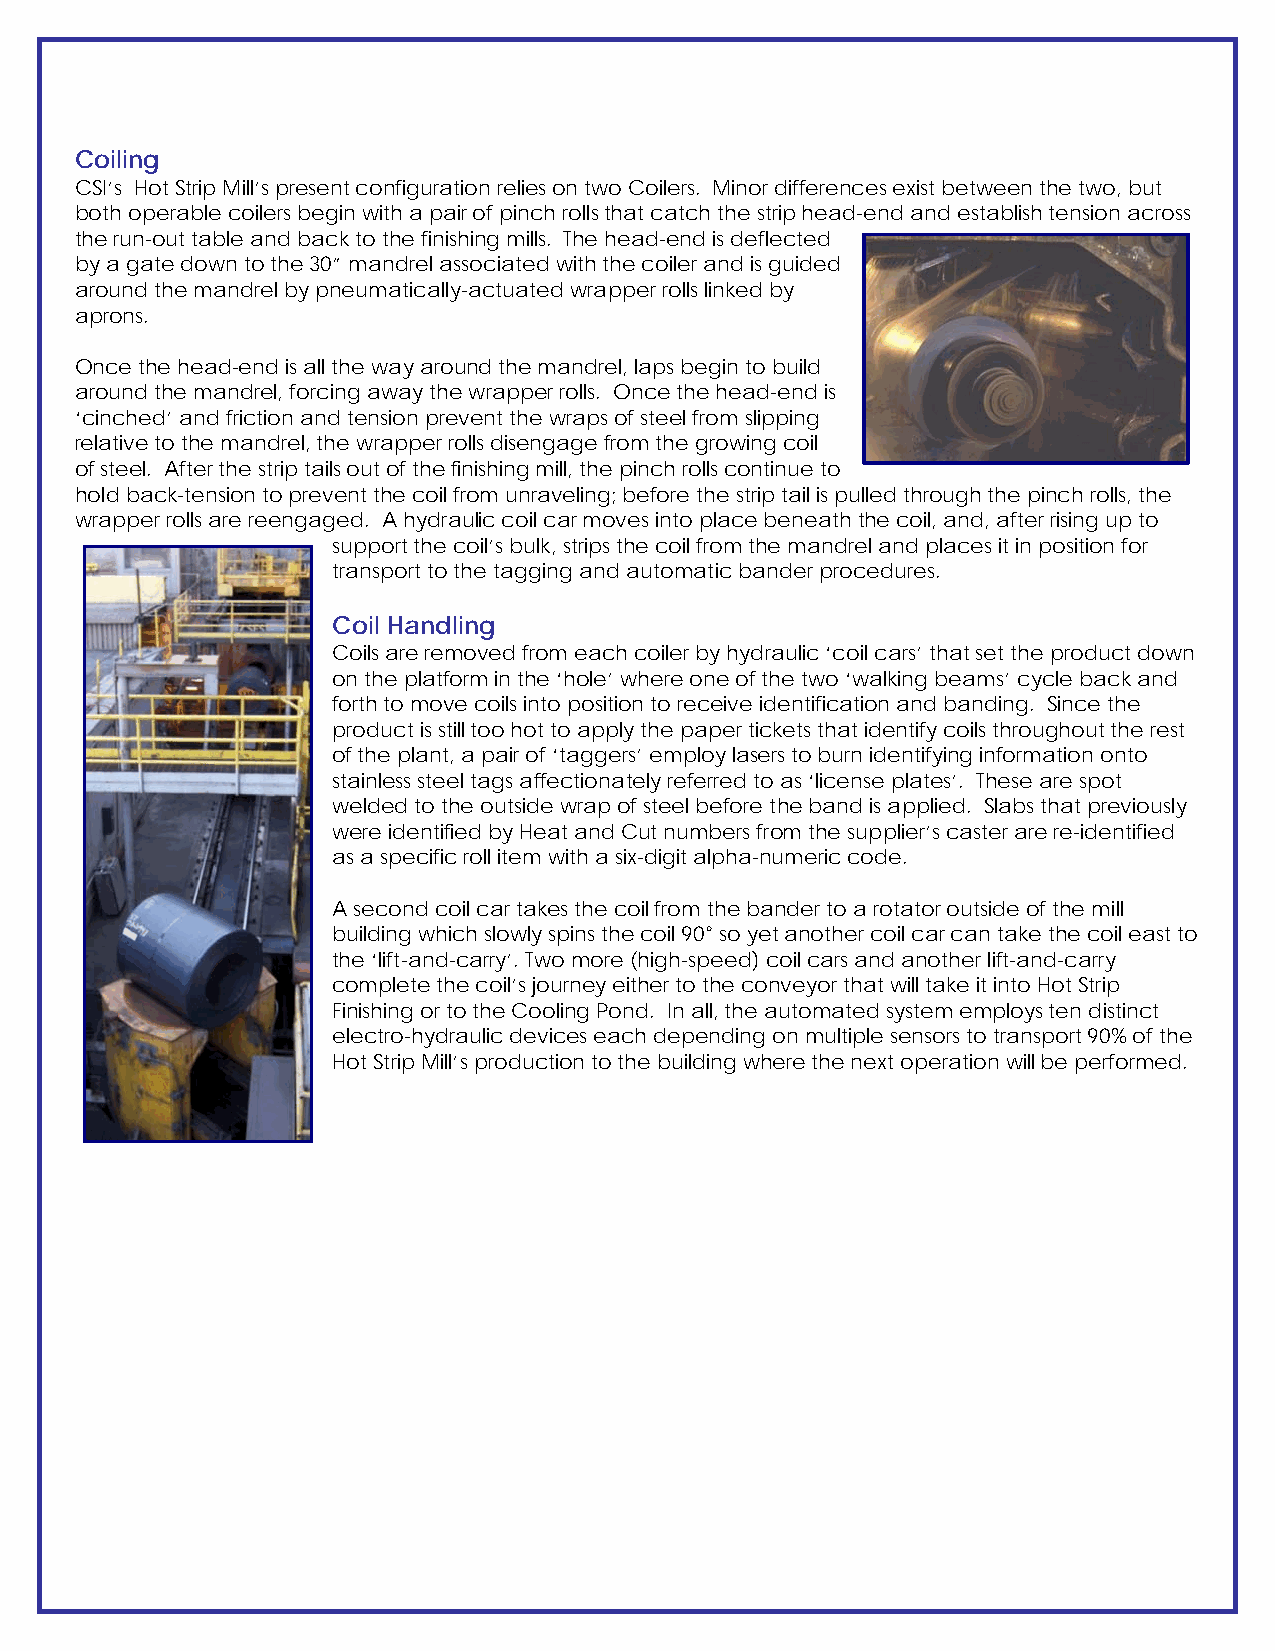
Coiling
 CSI’s Hot Strip Mill’s present configuration relies on two Coilers. Minor differences exist between the two, but
 both operable coilers begin with a pair of pinch rolls that catch the strip head-end and establish tension across
 the run-out table and back to the finishing mills. The head-end is deflected
 by a gate down to the 30” mandrel associated with the coiler and is guided
 around the mandrel by pneumatically-actuated wrapper rolls linked by
 aprons.
 Once the head-end is all the way around the mandrel, laps begin to build
 around the mandrel, forcing away the wrapper rolls. Once the head-end is
 ‘cinched’ and friction and tension prevent the wraps of steel from slipping
 relative to the mandrel, the wrapper rolls disengage from the growing coil
 of steel. After the strip tails out of the finishing mill, the pinch rolls continue to
 hold back-tension to prevent the coil from unraveling; before the strip tail is pulled through the pinch rolls, the
 wrapper rolls are reengaged. A hydraulic coil car moves into place beneath the coil, and, after rising up to
 support the coil’s bulk, strips the coil from the mandrel and places it in position for
 transport to the tagging and automatic bander procedures.
 Coil Handling
 Coils are removed from each coiler by hydraulic ‘coil cars’ that set the product down
 on the platform in the ‘hole’ where one of the two ‘walking beams’ cycle back and
 forth to move coils into position to receive identification and banding. Since the
 product is still too hot to apply the paper tickets that identify coils throughout the rest
 of the plant, a pair of ‘taggers’ employ lasers to burn identifying information onto
 stainless steel tags affectionately referred to as ‘license plates’. These are spot
 welded to the outside wrap of steel before the band is applied. Slabs that previously
 were identified by Heat and Cut numbers from the supplier’s caster are re-identified
 as a specific roll item with a six-digit alpha-numeric code.
 A second coil car takes the coil from the bander to a rotator outside of the mill
 building which slowly spins the coil 90° so yet another coil car can take the coil east to
 the ‘lift-and-carry’. Two more (high-speed) coil cars and another lift-and-carry
 complete the coil’s journey either to the conveyor that will take it into Hot Strip
 Finishing or to the Cooling Pond. In all, the automated system employs ten distinct
 electro-hydraulic devices each depending on multiple sensors to transport 90% of the
 Hot Strip Mill’s production to the building where the next operation will be performed.